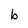
Character: b